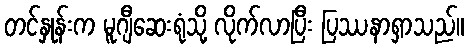
တင်နှုန်းက မူဂျီဆေးရုံသို့ လိုက်လာပြီး ပြဿနာရှာသည်။